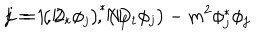
L = \bigl ( D _ { t } \phi _ { j } \bigr ) ^ { \ast } \bigl ( D _ { t } \phi _ { j } \bigr ) - m ^ { 2 } \phi _ { j } ^ { \ast } \phi _ { j } \hspace { 1 c m } j = 1 , 2 , \dots , N _ { f }